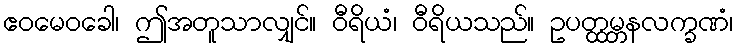
ဧဝမေဝခေါ၊ ဤအတူသာလျှင်။ ဝီရိယံ၊ ဝီရိယသည်။ ဥပတ္ထမ္ဘနလက္ခဏံ၊